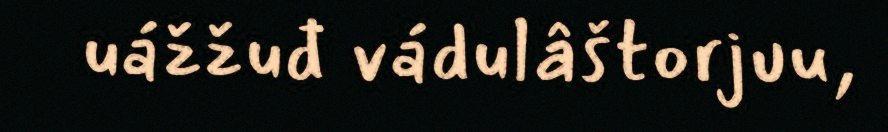
uážžuđ vádulâštorjuu,